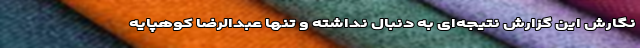
نگارش این گزارش نتیجه‌ای به ‌دنبال نداشته و تنها عبدالرضا کوهپایه